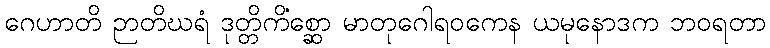
ဂေဟာတိ ဉာတိဃရံ ဒုတ္တိကိစ္ဆော မာတုဂေါရဝကေန ယမုနောဒကံ ဘဝရတာ